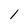
Character: 1